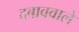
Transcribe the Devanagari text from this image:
दबाववाले